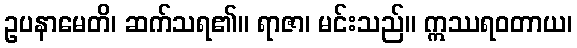
ဥပနာမေတိ၊ ဆက်သရ၏။ ရာဇာ၊ မင်းသည်။ ဣဿရဝတာယ၊